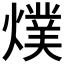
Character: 𭶅